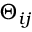
\Theta _ { i j }